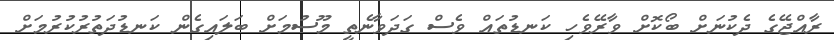
ރާއްޖޭގެ ދެކުނަށް ބޯކޮށް ވާރޭވެހި ކަނޑުތައް ވެސް ގަދަވާނެތީ މޫސުމަށް ބަލައިގެން ކަނޑުދަތުރުކުުރުމަށް